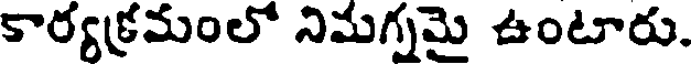
కార్యక్రమంలో నిమగ్నమై ఉంటారు.